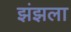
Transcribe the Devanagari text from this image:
झंझला